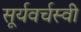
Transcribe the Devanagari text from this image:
सूर्यवर्चस्वी